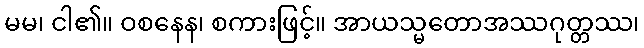
မမ၊ ငါ၏။ ဝစနေန၊ စကားဖြင့်။ အာယသ္မတောအဿဂုတ္တဿ၊